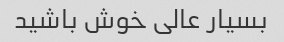
بسیار عالی خوش باشید